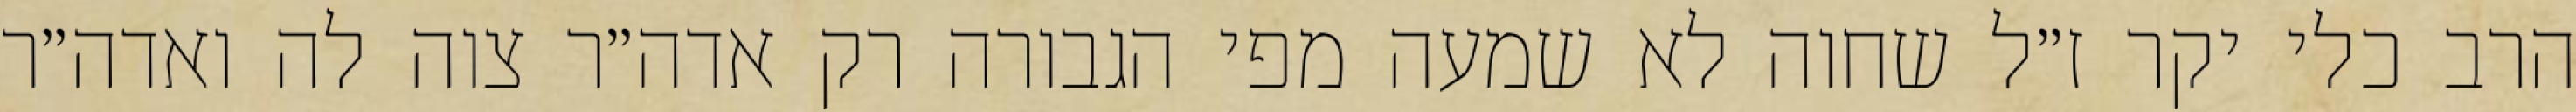
הרב כלי יקר ז״ל שחוה לא שמעה מפי הגבורה רק אדה״ר צוה לה ואדה״ר